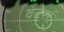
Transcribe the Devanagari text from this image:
वेटेर्स